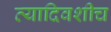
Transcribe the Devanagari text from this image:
त्यादिवशीच